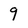
Character: 9